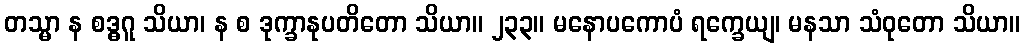
တသ္မာ န စဒ္ဓဂူ သိယာ၊ န စ ဒုက္ခာနုပတိတော သိယာ။ ၂၃၃။ မနောပကောပံ ရက္ခေယျ၊ မနသာ သံဝုတော သိယာ။